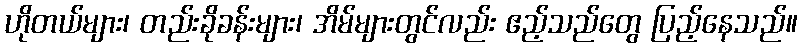
ဟိုတယ်များ၊ တည်းခိုခန်းများ၊ အိမ်များတွင်လည်း ဧည့်သည်တွေ ပြည့်နေသည်။